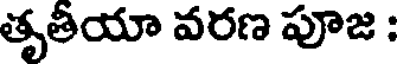
తృతీయా వరణ పూజ :